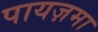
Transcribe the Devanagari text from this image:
पायज़मा